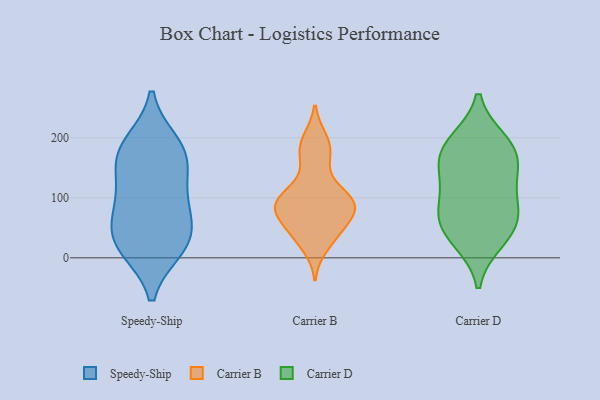
{"axis": {"x": "Temperature (°C)", "y": "Value"}, "legend": ["Carrier B", "Carrier D", "Speedy-Ship"], "data": [{"x": "", "y": 17, "type": "Speedy-Ship"}, {"x": "", "y": 83, "type": "Speedy-Ship"}, {"x": "", "y": 158, "type": "Speedy-Ship"}, {"x": "", "y": 179, "type": "Speedy-Ship"}, {"x": "", "y": 82, "type": "Speedy-Ship"}, {"x": "", "y": 35, "type": "Speedy-Ship"}, {"x": "", "y": 17, "type": "Speedy-Ship"}, {"x": "", "y": 37, "type": "Speedy-Ship"}, {"x": "", "y": 189, "type": "Speedy-Ship"}, {"x": "", "y": 115, "type": "Speedy-Ship"}, {"x": "", "y": 168, "type": "Speedy-Ship"}, {"x": "", "y": 52, "type": "Carrier B"}, {"x": "", "y": 86, "type": "Carrier B"}, {"x": "", "y": 97, "type": "Carrier B"}, {"x": "", "y": 122, "type": "Carrier B"}, {"x": "", "y": 36, "type": "Carrier B"}, {"x": "", "y": 166, "type": "Carrier B"}, {"x": "", "y": 82, "type": "Carrier B"}, {"x": "", "y": 109, "type": "Carrier B"}, {"x": "", "y": 193, "type": "Carrier B"}, {"x": "", "y": 84, "type": "Carrier B"}, {"x": "", "y": 59, "type": "Carrier B"}, {"x": "", "y": 88, "type": "Carrier B"}, {"x": "", "y": 41, "type": "Carrier B"}, {"x": "", "y": 198, "type": "Carrier B"}, {"x": "", "y": 88, "type": "Carrier B"}, {"x": "", "y": 18, "type": "Carrier B"}, {"x": "", "y": 88, "type": "Carrier B"}, {"x": "", "y": 171, "type": "Carrier B"}, {"x": "", "y": 44, "type": "Carrier D"}, {"x": "", "y": 66, "type": "Carrier D"}, {"x": "", "y": 96, "type": "Carrier D"}, {"x": "", "y": 130, "type": "Carrier D"}, {"x": "", "y": 30, "type": "Carrier D"}, {"x": "", "y": 184, "type": "Carrier D"}, {"x": "", "y": 152, "type": "Carrier D"}, {"x": "", "y": 173, "type": "Carrier D"}, {"x": "", "y": 72, "type": "Carrier D"}, {"x": "", "y": 192, "type": "Carrier D"}]}